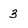
Character: 3